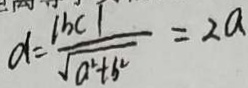
d = \frac { \vert b c \vert } { \sqrt { a ^ { 2 } + b ^ { 2 } } } = 2 a